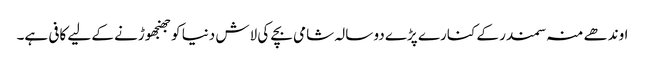
اوندھے منہ سمندر کے کنارے پڑے دو سالہ شامی بچے کی لاش دنیا کو جھنجھوڑنے کے لیے کافی ہے۔